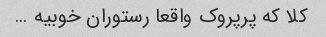
کلا که پرپروک واقعا رستوران خوبیه …